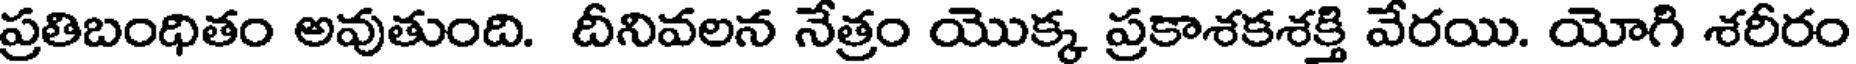
ప్రతిబంధితం అవుతుంది. దీనివలన నేత్రం యొక్క ప్రకాశకశక్తి వేరయి. యోగి శరీరం